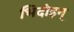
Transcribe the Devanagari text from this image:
भिदोइन्